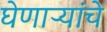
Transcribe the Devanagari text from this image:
घेणाऱ्यांचे